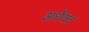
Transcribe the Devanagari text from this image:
अर्धेवट